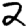
Digit: 2